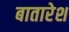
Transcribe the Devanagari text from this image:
बातारेश